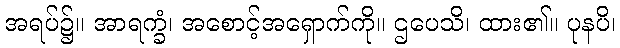
အရပ်၌။ အာရက္ခံ၊ အစောင့်အရှောက်ကို။ ဌပေသိ၊ ထား၏။ ပုနပိ၊